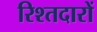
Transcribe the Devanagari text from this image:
रिश्तदारों